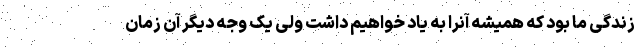
زندگی ما بود که همیشه آنرا به یاد خواهیم داشت ولی یک وجه دیگر آن زمان